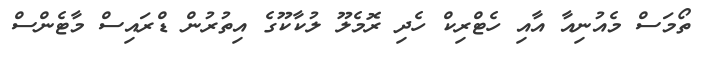
ތޯމަސް މެއުނިއާ އާއި ހެޓްރިކް ހެދި ރޮމެލޫ ލުކާކޫގެ އިތުރުން ޑްރައިސް މާޓެންސް